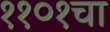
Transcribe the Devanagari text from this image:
११०१चा